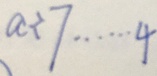
a \div 7 \cdots 4